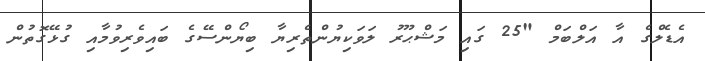
އެޑެލްގެ އާ އަލްބަމް "25 ގައި މަޝްޙޫރު ލަވަކިޔުންތެރިޔާ ބިޔޯންސޭގެ ބައިވެރިވުމާއި ގުޅޭގޮތުން